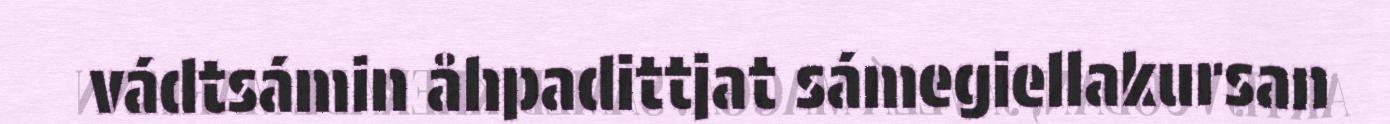
vádtsámin åhpadittjat sámegiellakursan